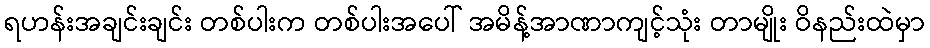
ရဟန်းအချင်းချင်း တစ်ပါးက တစ်ပါးအပေါ် အမိန့်အာဏာကျင့်သုံး တာမျိုး ဝိနည်းထဲမှာ